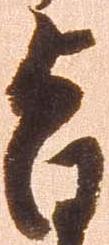
旨